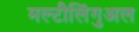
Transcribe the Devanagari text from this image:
मल्टीलिंगुअल